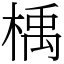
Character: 楀